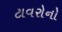
ટાવરોનો